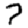
Digit: 7